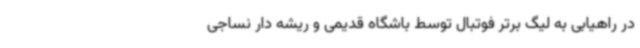
در راهیابی به لیگ برتر فوتبال توسط باشگاه قدیمی و ریشه دار نساجی